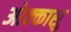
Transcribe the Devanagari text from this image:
ओक्कासु